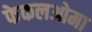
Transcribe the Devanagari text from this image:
फेकलओमा